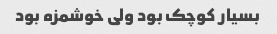
بسیار کوچک بود ولی خوشمزه بود